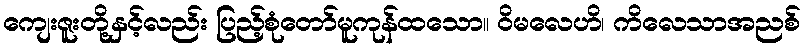
ကျေးဇူးတို့နှင့်လည်း ပြည့်စုံတော်မူကုန်ထသော။ ဝိမလေဟိ၊ ကိလေသာအညစ်